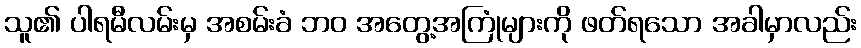
သူ၏ ပါရမီလမ်းမှ အစမ်းခံ ဘဝ အတွေ့အကြုံများကို ဖတ်ရသော အခါမှာလည်း